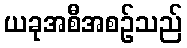
ယခုအစီအစဉ်သည်